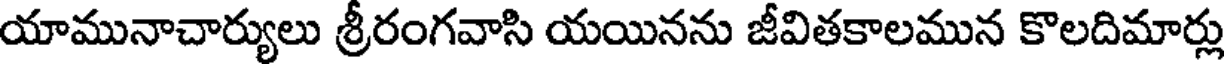
యామునాచార్యులు శ్రీరంగవాసి యయినను జీవితకాలమున కొలదిమార్లు